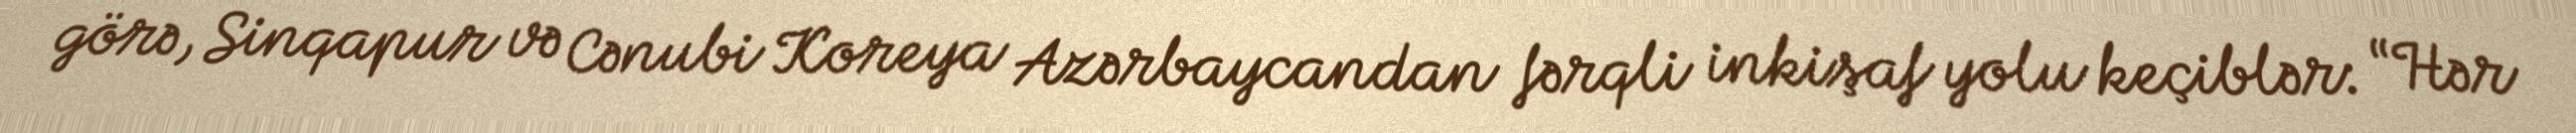
görə, Sinqapur və Cənubi Koreya Azərbaycandan fərqli inkişaf yolu keçiblər: “Hər